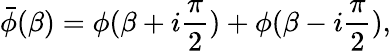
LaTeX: \bar{\phi}(\beta)=\phi(\beta+i{\frac{\pi}{2}})+\phi(\beta-i{\frac{\pi}{2}}),